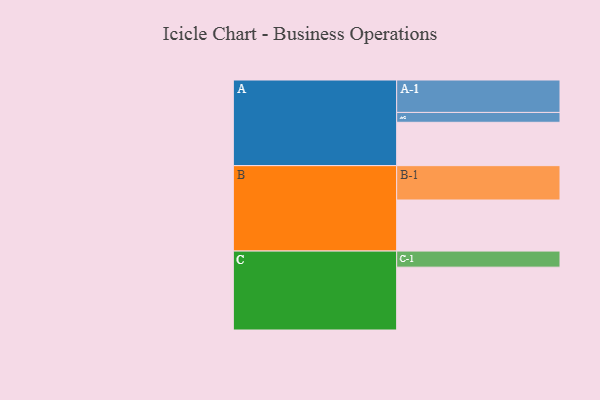
{"axis": {"x": "Segment", "y": "Value"}, "legend": ["", "A", "B", "C"], "data": [{"x": "A", "y": 361, "type": ""}, {"x": "B", "y": 425, "type": ""}, {"x": "C", "y": 523, "type": ""}, {"x": "A-1", "y": 270, "type": "A"}, {"x": "A-2", "y": 82, "type": "A"}, {"x": "B-1", "y": 286, "type": "B"}, {"x": "C-1", "y": 134, "type": "C"}]}